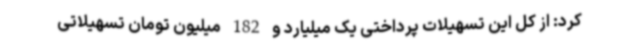
کرد: از کل این تسهیلات پرداختی یک میلیارد و 182 میلیون تومان تسهیلاتی